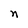
Character: n